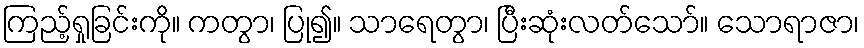
ကြည့်ရှုခြင်းကို။ ကတွာ၊ ပြု၍။ သာရေတွာ၊ ပြီးဆုံးလတ်သော်။ သောရာဇာ၊